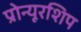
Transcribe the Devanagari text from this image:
प्रोन्‍यूरशिप